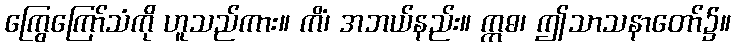
ကြွေကြော်သံကို ဟူသည်ကား။ ကိံ၊ အဘယ်နည်း။ ဣဓ၊ ဤသာသနာတော်၌။